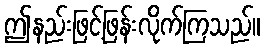
ဤနည်းဖြင့်ဖြန်းလိုက်ကြသည်။